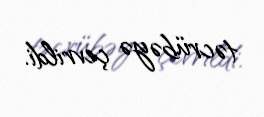
təcrübəyə çevrildi.